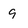
Character: 9